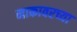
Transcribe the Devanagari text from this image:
नाकावरच्या